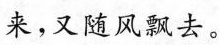
来，又随风飘去。